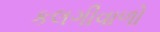
કલગીવાળો